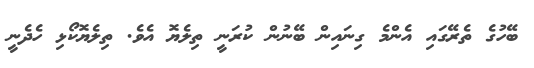
ބޭހުގެ ތެރޭގައި އެންމެ ގިނައިން ބޭނުން ކުރަނީ ތިލެޔޮ އެވެ. ތިލެޔޮކޯޅި ހެދެނީ